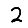
Digit: 2